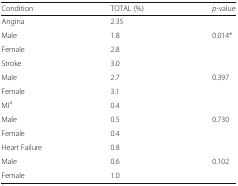
<table><thead><tr><td><b>Condition</b></td><td><b>TOTAL (%)</b></td><td><b><i>p</i>-value</b></td></tr></thead><tbody><tr><td>Angina</td><td>2.35</td><td></td></tr><tr><td>Male</td><td>1.8</td><td>0.014*</td></tr><tr><td>Female</td><td>2.8</td><td></td></tr><tr><td>Stroke</td><td>3.0</td><td></td></tr><tr><td>Male</td><td>2.7</td><td>0.397</td></tr><tr><td>Female</td><td>3.1</td><td></td></tr><tr><td>MI<sup>a</sup></td><td>0.4</td><td></td></tr><tr><td>Male</td><td>0.5</td><td>0.730</td></tr><tr><td>Female</td><td>0.4</td><td></td></tr><tr><td>Heart Failure</td><td>0.8</td><td></td></tr><tr><td>Male</td><td>0.6</td><td>0.102</td></tr><tr><td>Female</td><td>1.0</td><td></td></tr></tbody></table>